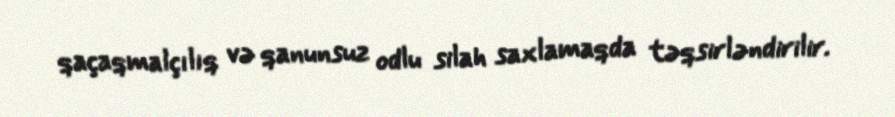
qaçaqmalçılıq və qanunsuz odlu silah saxlamaqda təqsirləndirilir.